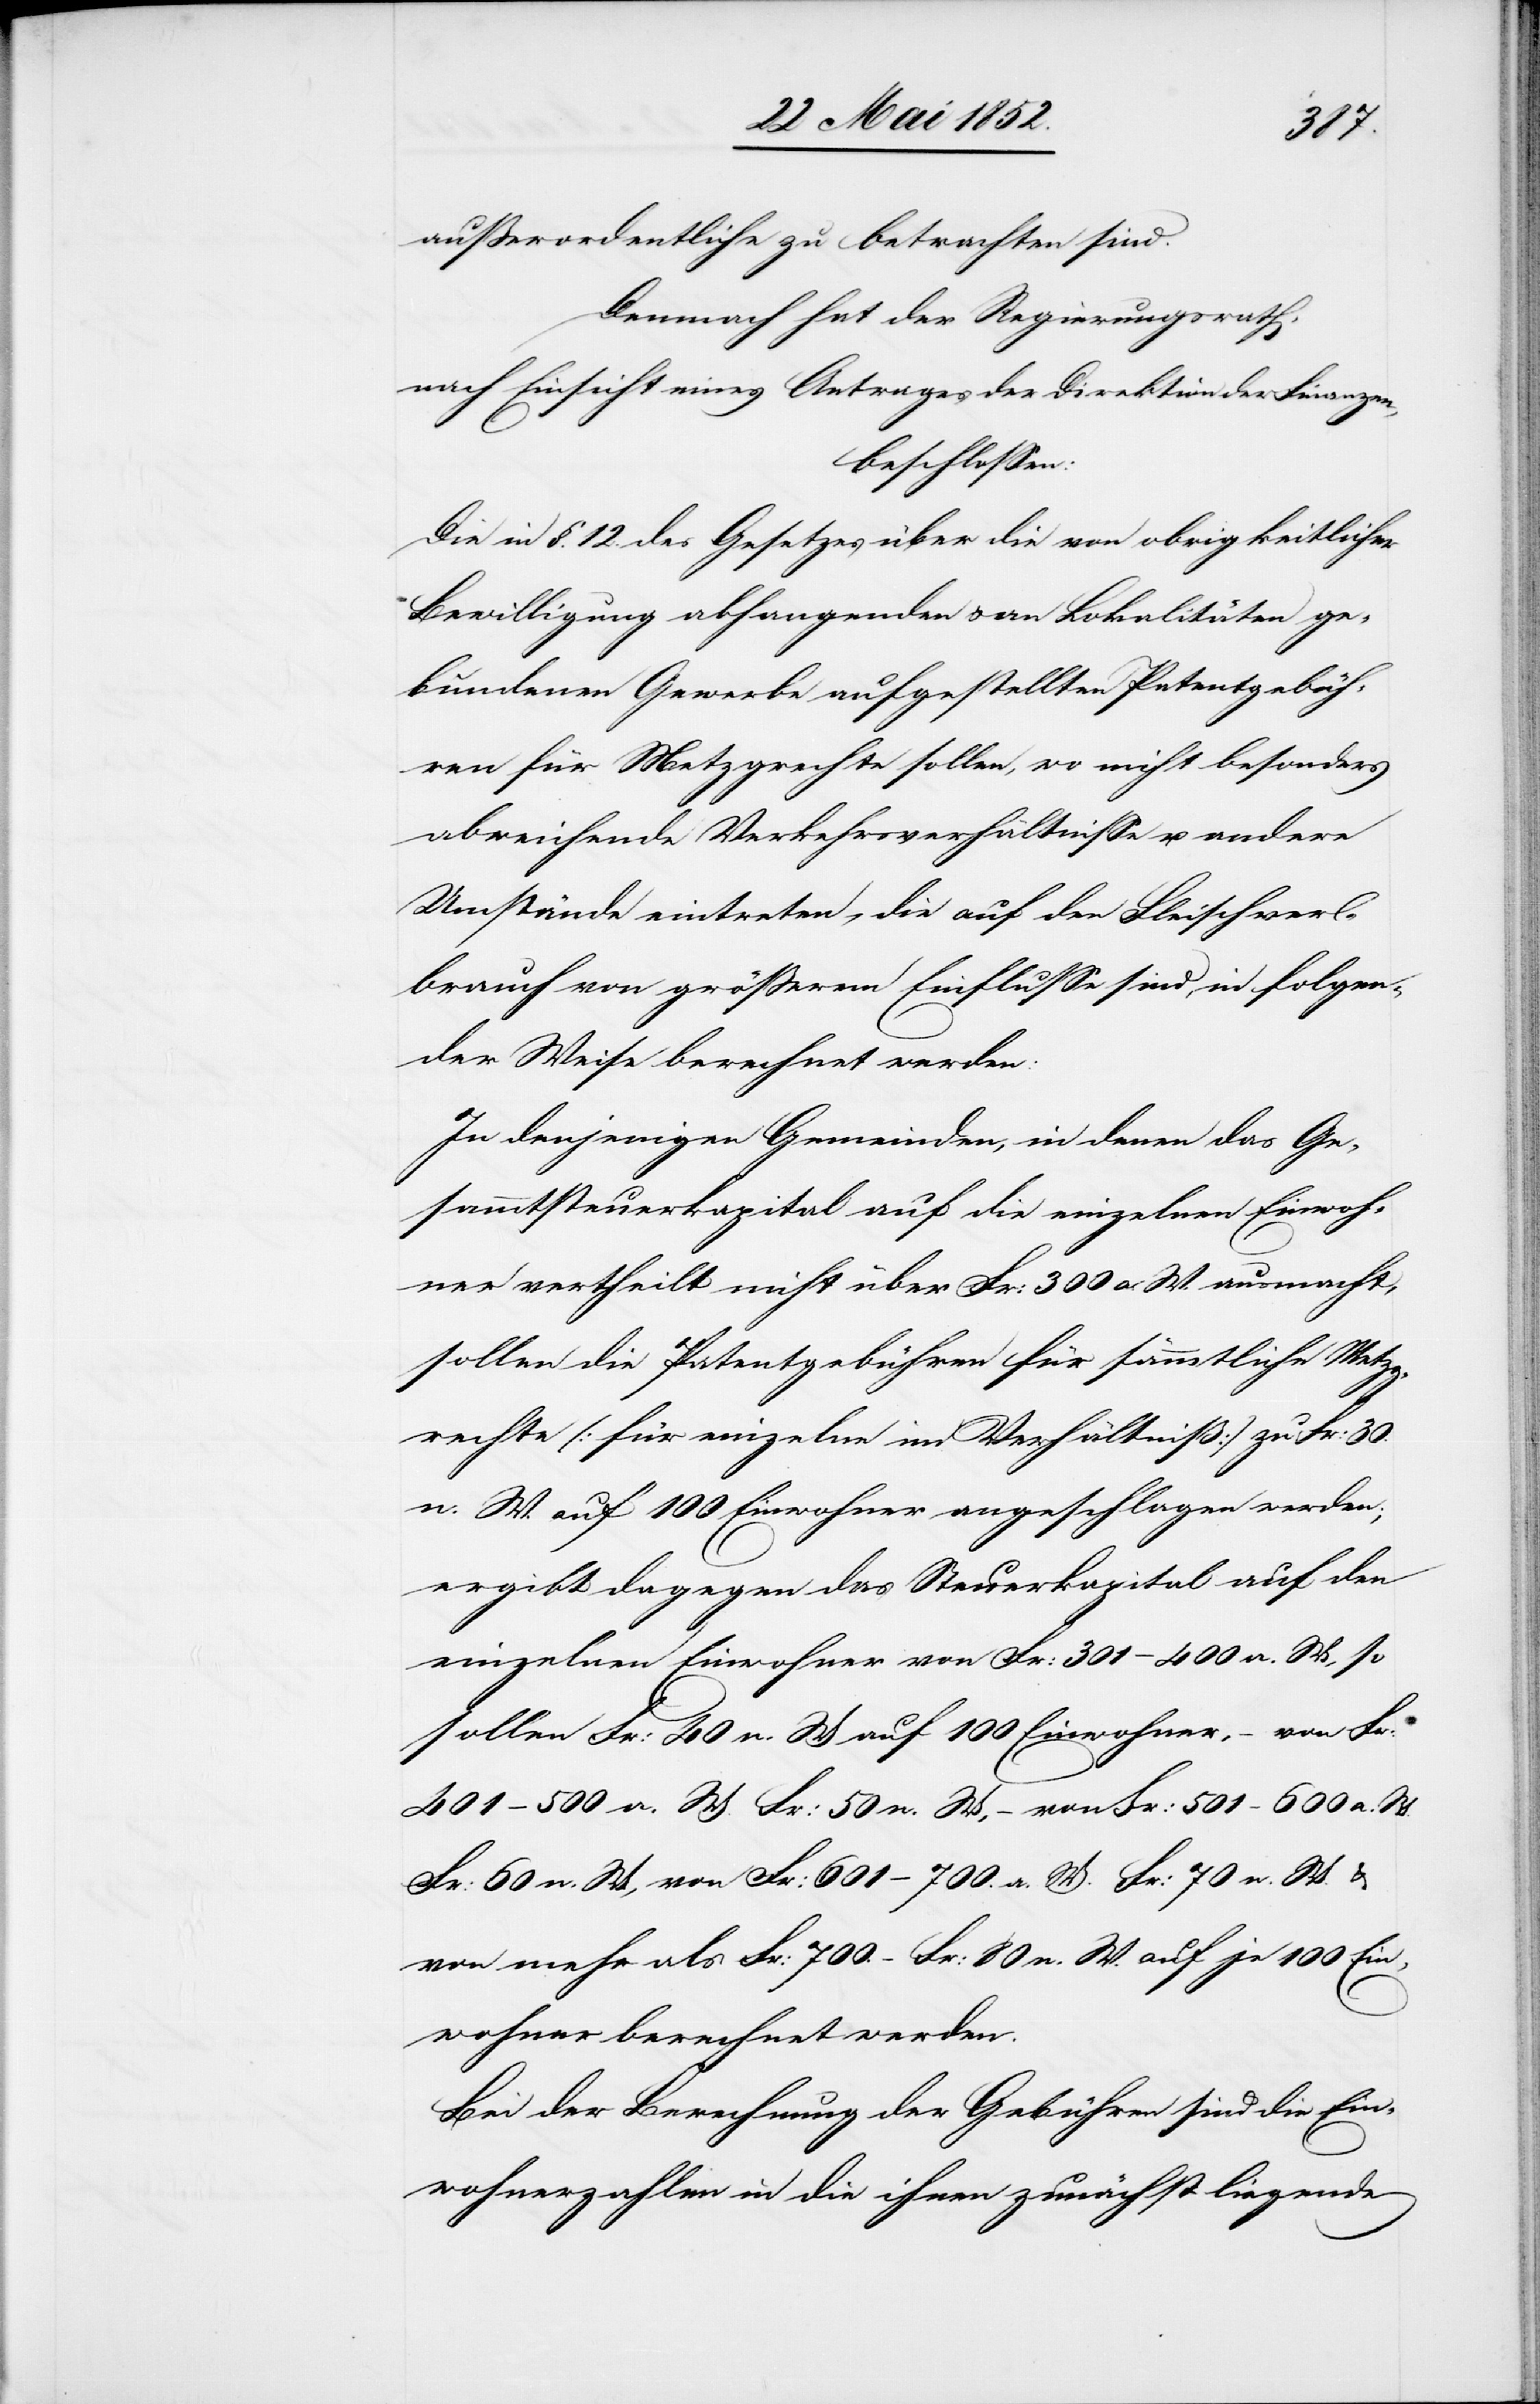
ausserordentliche zu betrachten sind.
Demnach hat der Regierungsrath,
nach Einsicht eines Antrages der Direktion der Finanzen,
beschlossen:
Die in §. 12. des Gesetzes über die von obrigkeitlicher
Bewilligung abhangenden & an Lokalitäten ge¬
bundenen Gewerbe aufgestellten Patentgebüh¬
ren für Metzgrechte sollen, wo nicht besonders
abweichende Verkehrsverhältnisse u. andere
Umstände eintreten, die auf den Fleischver¬
brauch von grösserem Einflusse sind, in folgen¬
der Weise berechnet werden:
In denjenigen Gemeinden, in denen das Ge¬
sammtsteuerkapital auf die einzelnen Einwoh¬
ner vertheilt nicht über Fr: 300 a. W. ausmacht,
sollen die Patentgebühren für sämmtliche Metzg¬
rechte (für einzelne im Verhältniß) zu Fr: 30.
n. W. auf 100 Einwohner angeschlagen werden;
ergibt dagegen das Steuerkapital auf den
einzelnen Einwohner von Fr: 301–400 a. W, so
sollen Fr: 40 n. W. auf 100 Einwohner, – von Fr:
401–500 a. W. Fr: 50 n. W, – von Fr: 501–600 a. W.
Fr: 60 n. W, von Fr: 601–700. a. W. Fr: 70 n. W.
von mehr als Fr: 700. – Fr: 80 n. W. auf je 100 Ei¬
nwohner berechnet werden.
Bei der Berechnung der Gebühren sind die Ein¬
wohnerzahlen in die ihnen zunächst liegende